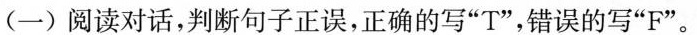
(一)阅读对话,判断句子正误,正确的写"T",错误的写"F"。